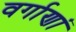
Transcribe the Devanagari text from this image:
वर्गाणां